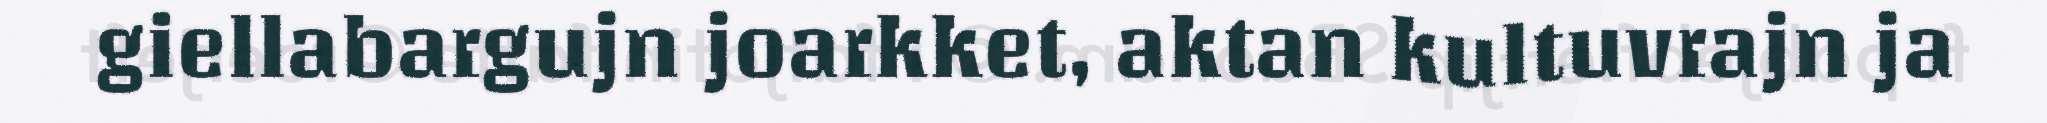
giellabargujn joarkket, aktan kultuvrajn ja